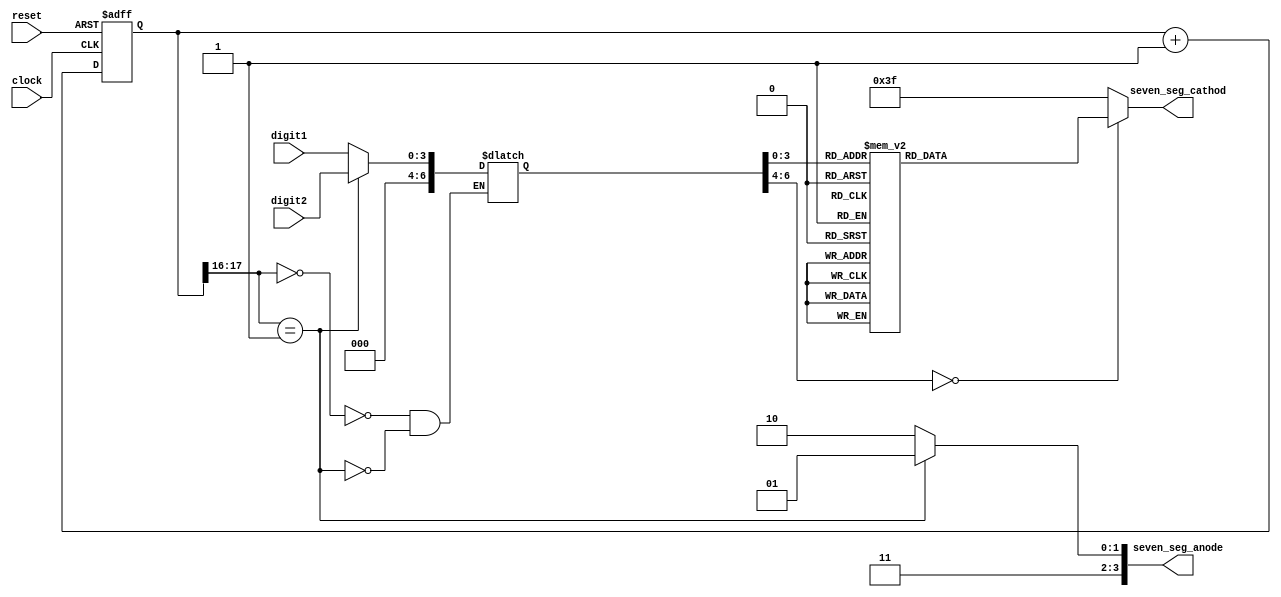
//This code has been adopted from Postlab 6 (October 6th, 2020 session). Intellectual property rights belong to TA Pavia (https://github.com/paviabera), as far as I am aware of
//Similar code structure later found during an internet search: https://simplefpga.blogspot.com/2012/07/00-to-99-two-digit-decimal-counter-via.html 


module display_( 

    input [3:0] digit1,  //4 bit binary value to be displayed as 0 to 9 
    input [3:0] digit2,   //4 bit binary value to be displayed as 0 to 9 
    input clock, 
    input reset, 
    output reg [6:0] seven_seg_cathod, //seven_segment diaplay(cathodes) 
                                      // note: reg is arequireed in always statement 
    output reg [3:0] seven_seg_anode 
    );  


 //Multiplexing circuit below (To activate and refresh 2 seven-segs alternately) (N=18 to have a sufficently large number to match the clock frequency of Basys 3 FPGA)

    localparam N = 18; 
    reg [N-1:0]count; 
    always @ (posedge clock or posedge reset) 

     begin 
      if (reset) 
       count <= 0; 
      else 
       count <= count + 1; 
     end 


    reg [6:0]sseg; 
    reg [3:0]an_temp; 

    always @ (*) 
     begin 

      case(count[N-1:N-2]) 

       2'b00 :  
        begin 
         sseg = digit1; 
         an_temp = 4'b1110; //Activating the first 7 seg display 
        end 

        
       2'b01: 
        begin 
         sseg = digit2; 
         an_temp = 4'b1101; //activating second 7 seg display 
        end   

      endcase 

       
     seven_seg_anode = an_temp; 

     end 

reg [6:0] sseg_temp;  

    always @ (*) begin 

      case(sseg) 

       4'd0 : sseg_temp = 7'b1000000; //0 
       4'd1 : sseg_temp = 7'b1111001; //1 
       4'd2 : sseg_temp = 7'b0100100; //2 
       4'd3 : sseg_temp = 7'b0110000; //3 
       4'd4 : sseg_temp = 7'b0011001; //4 
       4'd5 : sseg_temp = 7'b0010010; //5 
       4'd6 : sseg_temp = 7'b0000010; //6 
       4'd7 : sseg_temp = 7'b1111000; //7 
       4'd8 : sseg_temp = 7'b0000000; //8 
       4'd9 : sseg_temp = 7'b0010000; //9 
       default : sseg_temp = 7'b0111111; //dash 

      endcase     

     seven_seg_cathod = sseg_temp;  

    end 

endmodule